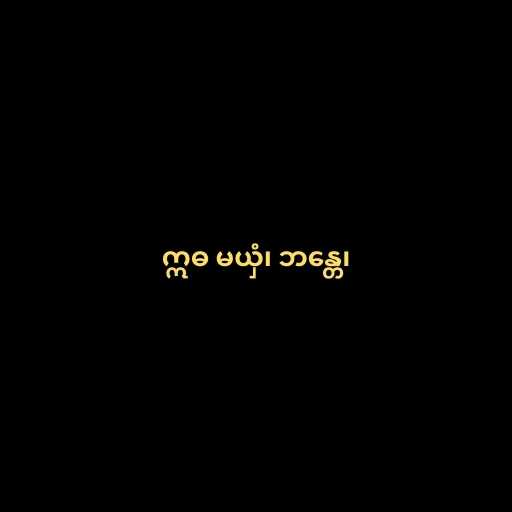
ဣဓ မယှံ၊ ဘန္တေ၊